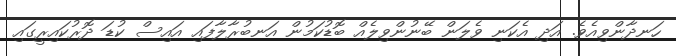
ހަނދާންވިއެވެ. އަދި އެކަނި ވެލަން ބޭނުންވިލެއް ބޮޑުކަމުން އަނބުރާލާފައި އައިސް ކުޑަ ދޮރުކައިރީގައި